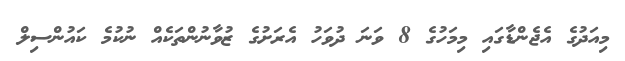
މިއަދުގެ އެޖެންޑާގައި މިމަހުގެ 8 ވަނަ ދުވަހު އެރަށުގެ ޒުވާނުންތަކެއް ނުކުމެ ކައުންސިލް